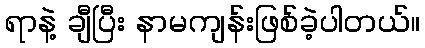
ရာနဲ့ ချီပြီး နာမကျန်းဖြစ်ခဲ့ပါတယ်။